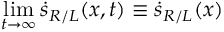
\operatorname* { l i m } _ { t \rightarrow \infty } \dot { s } _ { R / L } ( x , t ) \equiv \dot { s } _ { R / L } ( x )